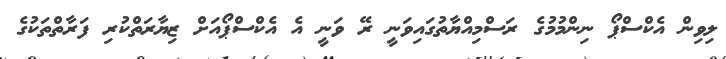
ލިވިން އެކްސްޕޯ ނިންމުމުގެ ރަސްމިއްޔާތުގައިވަނީ ރޭ ވަނީ އެ އެކްސްޕޯއަށް ޒިޔާރަތްކުރި ފަރާތްތަކުގެ